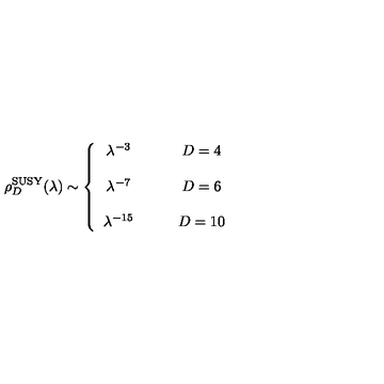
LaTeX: \rho _ { D } ^ { \mathrm { S U S Y } } ( \lambda ) \sim \left\{ \begin{array} { c c } { \lambda ^ { - 3 } } & { \qquad D = 4 } \\ { } & { } \\ { \lambda ^ { - 7 } } & { \qquad D = 6 } \\ { } & { } \\ { \lambda ^ { - 1 5 } } & { \qquad D = 1 0 } \\ \end{array} \right.